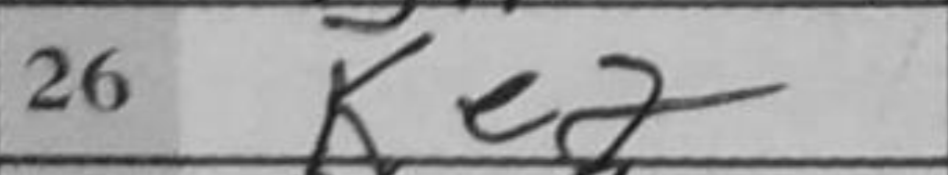
Transcription: Ke2